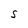
Character: S